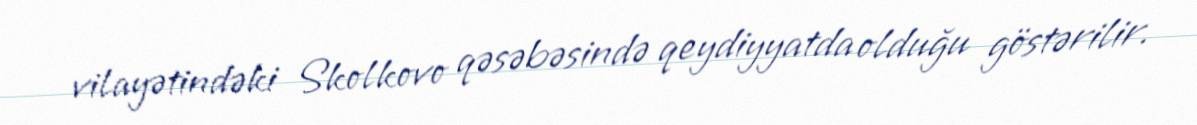
vilayətindəki Skolkovo qəsəbəsində qeydiyyatda olduğu göstərilir.